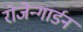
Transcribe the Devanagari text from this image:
रोजेन्गार्डन